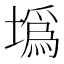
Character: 𡐮